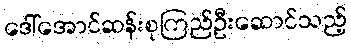
ဒေါ်အောင်ဆန်းစုကြည်ဦးဆောင်သည့်